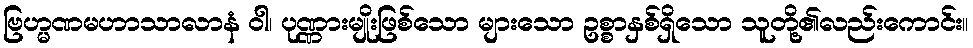
ဗြဟ္မဏမဟာသာလာနံ ဝါ၊ ပုဏ္ဏားမျိုးဖြစ်သော များသော ဥစ္စာနှစ်ရှိသော သူတို့၏လည်းကောင်း။